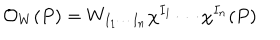
LaTeX: { \cal O } _ { W } ( P ) = W _ { I _ { 1 } \cdots I _ { n } } \chi ^ { I _ { 1 } } \cdots \chi ^ { I _ { n } } ( P )